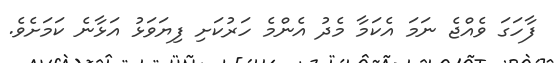
ފާހަގަ ވެއްޖެ ނަމަ އެކަމާ މެދު އެންމެ ހަރުކަށި ފިޔަވަޅު އަޅާނެ ކަމަށެވެ.